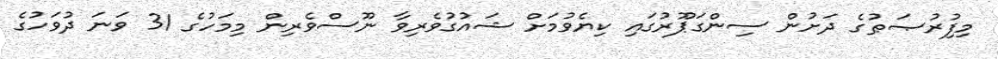
މިފިުރުޞަޠުގެ ދަށުން ސިންގަޕޫރުގައި ކިޔެވުމަށް ޝައުގުވެރިވާ ނޫސްވެރިން މިމަހުގެ 31 ވަނަ ދުވަހުގެ